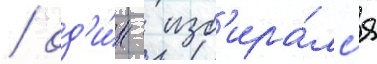
/ од'и́н - изб'ира́лс'я